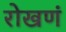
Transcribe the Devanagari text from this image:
रोखणं